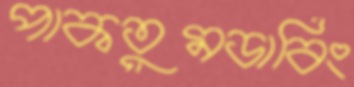
পাকতুমডাবিং